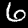
Digit: 6